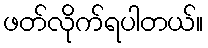
ဖတ်လိုက်ရပါတယ်။